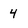
Character: 4